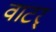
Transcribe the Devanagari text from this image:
वाटर्